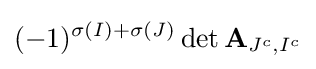
(-1)^{\sigma (I)+\sigma (J)}\det \mathbf {A} _{J^{c},I^{c}}